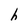
Character: h